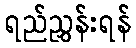
ရည်ညွှန်းရန်